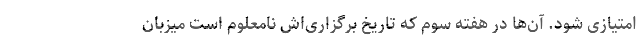
امتیازی شود. آن‌ها در هفته سوم که تاریخ برگزاری‌اش نامعلوم است میزبان